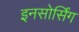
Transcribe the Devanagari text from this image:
इनसोर्सिंग